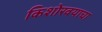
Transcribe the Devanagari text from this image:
किशोरवयाचा